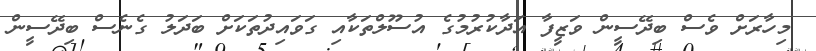
މިހާރަށް ވެސް ބިދޭސީން ވަޒީފާ އަދާކުރުމުގެ އުސޫލްތަކާއި ގަވައިދުތަކަށް ބަދަލު ގެނެސް ބިދޭސީން